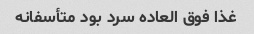
غذا فوق العاده سرد بود متأسفانه